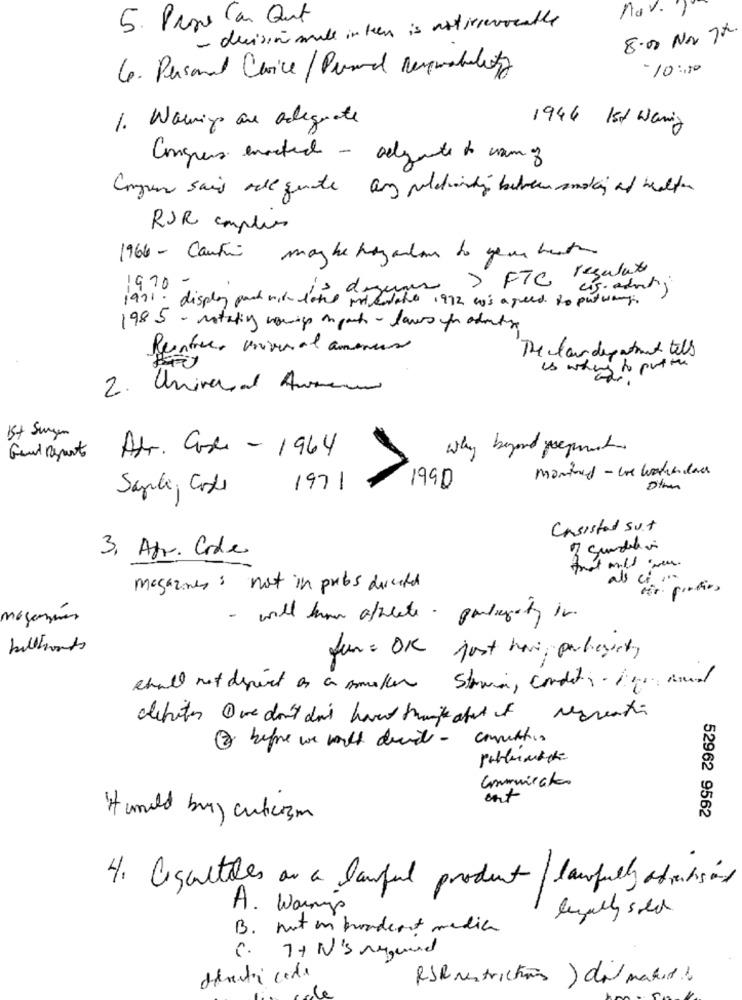
nav.)
5. Prze Con Quit
- ducisin mille inteen is astirrevocable
8.00 Nor 7h.
6. Personal Carice / Persand Rermobility
-10:00
1. Warning are adequate
1946 Ist Waning
Congress enacted - adequate to vang
Congen sais adequate any politionly between smoking of healthen
RUR complies
1966 - Canfin
maybe hagantom to your hate
1971 . display pad vil lais dagens> FTC regular
1970 -
1972 wo's agreed to putwany
1985 - rotating wowings in pact - laws pour adeline
Rentres universal amenus
The claudepatient till
is whing to put the
2. Universal Avenue
1st Surgen
Att. Cosa - 1964
why beyond preparato
monthed - le watiendas
Santi, Coste
1971
1990
Consisted suit
3. Apr. Code
als ci
magazines : not in probs directed
- will kom athlete. porligety in
billboards
fun= OK just havi, porbogaty
shall not depict as a smoker stawia, conditions and
3 before we would devil - connection
Communicator
und buy cubicosm
52962 9562
4. asultiles ar a lawful product / lawfully andichsind
A. Warm's
legally sold
B. not in hundert media
C. 7+ N'S megund